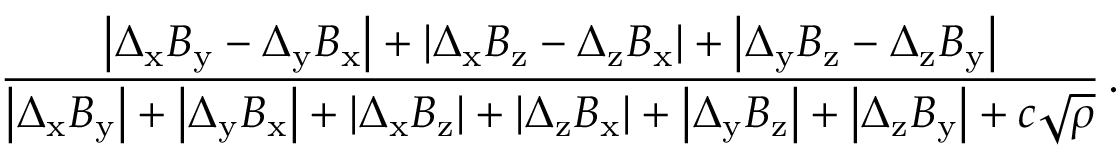
\small \frac { \left| \Delta _ { \mathrm { x } } B _ { \mathrm { y } } - \Delta _ { \mathrm { y } } B _ { \mathrm { x } } \right| + \left| \Delta _ { \mathrm { x } } B _ { \mathrm { z } } - \Delta _ { \mathrm { z } } B _ { \mathrm { x } } \right| + \left| \Delta _ { \mathrm { y } } B _ { \mathrm { z } } - \Delta _ { \mathrm { z } } B _ { \mathrm { y } } \right| } { \left| \Delta _ { \mathrm { x } } B _ { \mathrm { y } } \right| + \left| \Delta _ { \mathrm { y } } B _ { \mathrm { x } } \right| + \left| \Delta _ { \mathrm { x } } B _ { \mathrm { z } } \right| + \left| \Delta _ { \mathrm { z } } B _ { \mathrm { x } } \right| + \left| \Delta _ { \mathrm { y } } B _ { \mathrm { z } } \right| + \left| \Delta _ { \mathrm { z } } B _ { \mathrm { y } } \right| + c \sqrt { \rho } } \, .